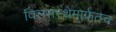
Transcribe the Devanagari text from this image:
वित्तसंस्थेमार्फतच